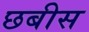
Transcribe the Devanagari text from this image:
छबीस